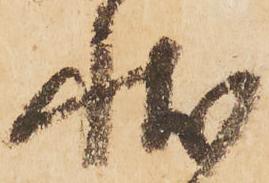
状